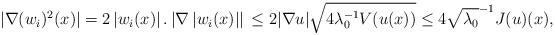
LaTeX: \begin{align*} \vert \nabla (w_i)^2(x)\vert=2\left\vert w_i (x) \right\vert. \left\vert \nabla \left \vert w_i (x) \right\vert \right \vert \, \leq 2 \vert \nabla u \vert \sqrt{ 4\lambda_0^{-1} V(u(x))} \leq 4\sqrt{\lambda_0}^{-1} J (u) (x), \end{align*}